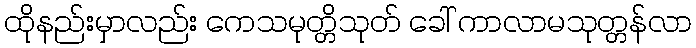
ထိုနည်းမှာလည်း ကေသမုတ္တိသုတ် ခေါ် ကာလာမသုတ္တန်လာ